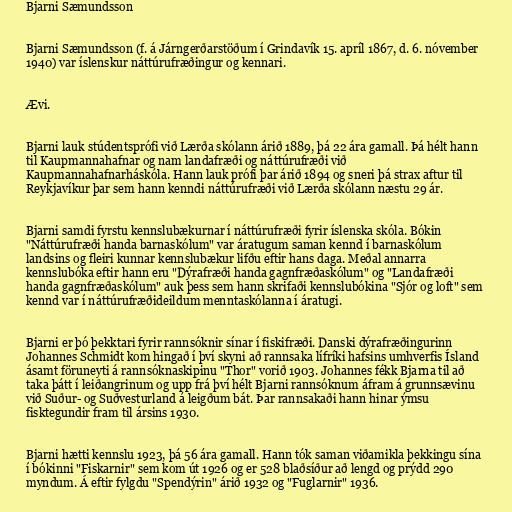
Bjarni Sæmundsson

Bjarni Sæmundsson (f. á Járngerðarstöðum í Grindavík 15. apríl 1867, d. 6. nóvember
1940) var íslenskur náttúrufræðingur og kennari.

Ævi.

Bjarni lauk stúdentsprófi við Lærða skólann árið 1889, þá 22 ára gamall. Þá hélt hann
til Kaupmannahafnar og nam landafræði og náttúrufræði við
Kaupmannahafnarháskóla. Hann lauk prófi þar árið 1894 og sneri þá strax aftur til
Reykjavíkur þar sem hann kenndi náttúrufræði við Lærða skólann næstu 29 ár.

Bjarni samdi fyrstu kennslubækurnar í náttúrufræði fyrir íslenska skóla. Bókin
"Náttúrufræði handa barnaskólum" var áratugum saman kennd í barnaskólum
landsins og fleiri kunnar kennslubækur lifðu eftir hans daga. Meðal annarra
kennslubóka eftir hann eru "Dýrafræði handa gagnfræðaskólum" og "Landafræði
handa gagnfræðaskólum" auk þess sem hann skrifaði kennslubókina "Sjór og loft" sem
kennd var í náttúrufræðideildum menntaskólanna í áratugi.

Bjarni er þó þekktari fyrir rannsóknir sínar í fiskifræði. Danski dýrafræðingurinn
Johannes Schmidt kom hingað í því skyni að rannsaka lífríki hafsins umhverfis Ísland
ásamt föruneyti á rannsóknaskipinu "Thor" vorið 1903. Johannes fékk Bjarna til að
taka þátt í leiðangrinum og upp frá því hélt Bjarni rannsóknum áfram á grunnsævinu
við Suður- og Suðvesturland á leigðum bát. Þar rannsakaði hann hinar ýmsu
fisktegundir fram til ársins 1930.

Bjarni hætti kennslu 1923, þá 56 ára gamall. Hann tók saman viðamikla þekkingu sína
í bókinni "Fiskarnir" sem kom út 1926 og er 528 blaðsíður að lengd og prýdd 290
myndum. Á eftir fylgdu "Spendýrin" árið 1932 og "Fuglarnir" 1936.